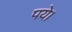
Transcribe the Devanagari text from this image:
पये।